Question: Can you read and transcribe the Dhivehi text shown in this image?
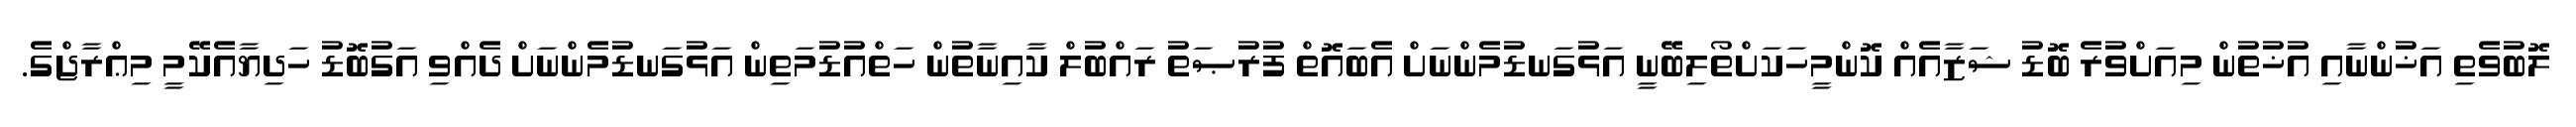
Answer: ލޮބުވެތި އަޚުންނާއި އުޚުތުން މިއަށްވުރެ ބޮޑު ޝަޒާއެއް ކޮންމީހަކަށްތޯލިބޭނީ އަޅުގަނޑުމެންނަށް އެބައޮތް ފުރުޞަތު ރައްބުލް ކާއިނާތުން ހަތްއުޑުމަތިން އަޅުގަނޑުމެންނަށް ދެއްވި އަގުބޮޑު ހަދިޔާއެކޭމީ މިޢްރާޖްގެ.